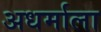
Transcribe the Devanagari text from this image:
अधर्माला